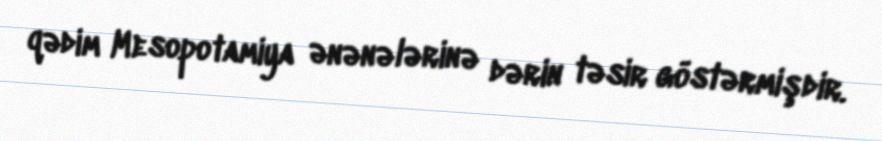
qədim Mesopotamiya ənənələrinə dərin təsir göstərmişdir.